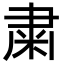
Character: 粛